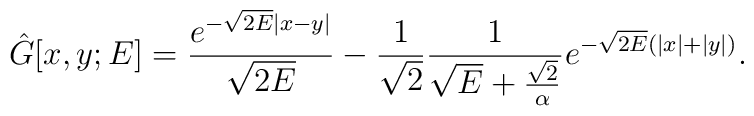
\hat{G}[x, y; E] = \frac{e^{-\sqrt{2E} |x - y|}}{\sqrt{2E}}- \frac{1}{\sqrt{2}}\frac{1}{\sqrt{E} + \frac{\sqrt{2}}{\alpha}}e^{-\sqrt{2E} (|x| + |y|)}.